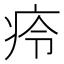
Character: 㾉